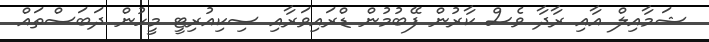
ޝަމާއިލް އާއި ރާދާ ވެސް ކާރުން ފޭބުމުން ޑްރައިވަރާއި ސިކިއުރިޓީ މީހުން ދަބަސްތައް